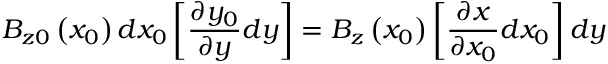
B _ { z 0 } \left( x _ { 0 } \right) d x _ { 0 } \left[ \frac { \partial y _ { 0 } } { \partial y } d y \right] = B _ { z } \left( x _ { 0 } \right) \left[ \frac { \partial x } { \partial x _ { 0 } } d x _ { 0 } \right] d y